Civil Veterinary Department Bengal reports 1923-33 - 1923-1933
Year: 1923
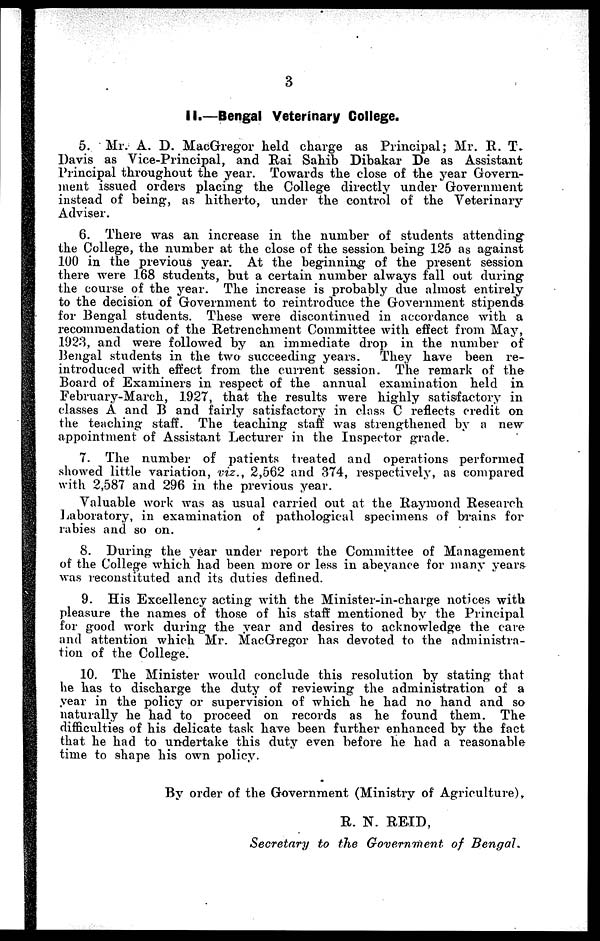
3
II.—Bengal Veterinary College.
5. Mr. A. D. MacGregor held charge as Principal; Mr. R. T.
Davis as Vice-Principal, and Rai Sahib Dibakar De as Assistant
Principal throughout the year. Towards the close of the year Govern-
ment issued orders placing the College directly under Government
instead of being, as hitherto, under the control of the Veterinary
Adviser.
6. There was an increase in the number of students attending
the College, the number at the close of the session being 125 as against
100 in the previous year. At the beginning of the present session
there were 168 students, but a certain number always fall out during
the course of the year. The increase is probably due almost entirely
to the decision of Government to reintroduce the Government stipends
for Bengal students. These were discontinued in accordance with a
recommendation of the Retrenchment Committee with effect from May,
1923, and were followed by an immediate drop in the number of
Bengal students in the two succeeding years.
They have been re-
introduced with effect from the current session. The remark of the
Board of Examiners in respect of the annual examination held in
February-March, 1927, that the results were highly satisfactory in
classes A and B and fairly satisfactory in class C reflects credit on
the teaching staff. The teaching staff was strengthened by a new
appointment of Assistant Lecturer in the Inspector grade.
7. The number of patients treated and operations performed
showed little variation, viz., 2,562 and 374, respectively, as compared
with 2,587 and 296 in the previous year.
Valuable work was as usual carried out at the Raymond Research
Laboratory, in examination of pathological specimens of brains for
rabies and so on.
8. During the year under report the Committee of Management
of the College which had been more or less in abeyance for many years
was reconstituted and its duties defined.
9. His Excellency acting with the Minister-in-charge notices with
pleasure the names of those of his staff mentioned by the Principal
for good work during the year and desires to acknowledge the care
and attention which Mr. MacGregor has devoted to the administra-
tion of the College.
10. The Minister would conclude this resolution by stating that
he has to discharge the duty of reviewing the administration of a
year in the policy or supervision of which he had no hand and so
naturally he had to proceed on records as he found them. The
difficulties of his delicate task have been further enhanced by the fact
that he had to undertake this duty even before he had a reasonable
time to shape his own policy.
By order of the Government (Ministry of Agriculture),
R. N. REID,
Secretary to the Government of Bengal.